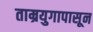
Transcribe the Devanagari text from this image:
ताम्रयुगापासून